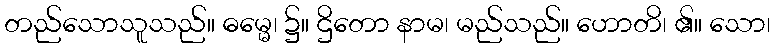
တည်သောသူသည်။ ဓမ္မေ၊ ၌။ ဌိတော နာမ၊ မည်သည်။ ဟောတိ၊ ၏။ သော၊